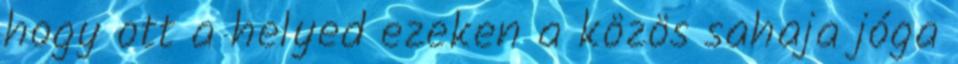
hogy ott a helyed ezeken a közös sahaja jóga